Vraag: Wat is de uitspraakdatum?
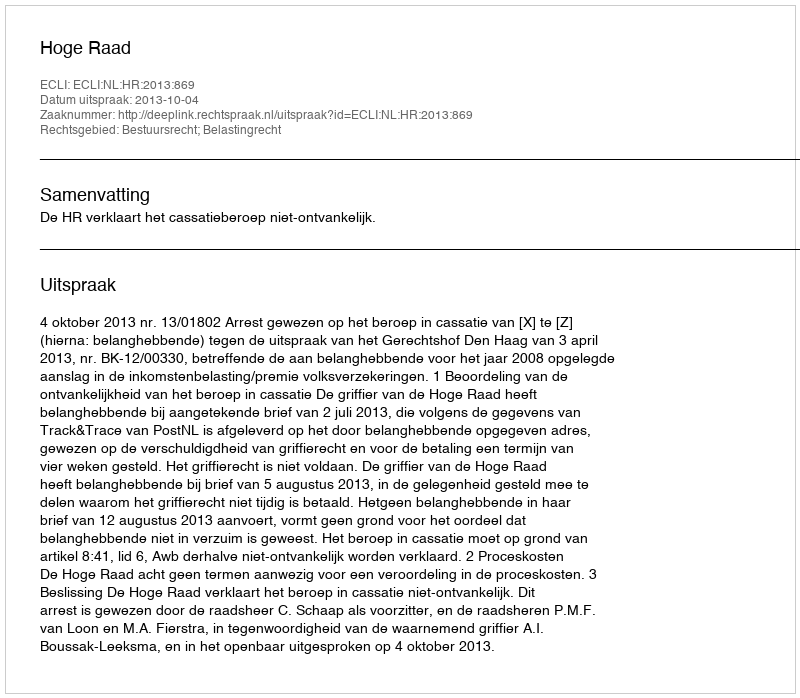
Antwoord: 2013-10-04